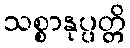
သစ္စာနုပ္ပတ္တိ